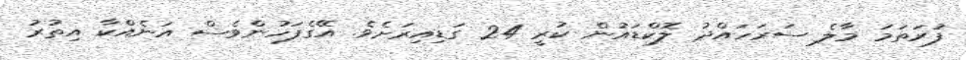
ފުރަތަމަ މާލެ ސަރަހައްދު ލޮކްޑައުން ކުރީ 24 ގަޑިއިރަށެވެ. އޭގެފަހުންވެސް އަނެއްކާ އިތުރު